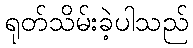
ရုတ်သိမ်းခဲ့ပါသည်